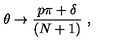
\theta \rightarrow { \frac { p \pi + \delta } { ( N + 1 ) } } \ ,